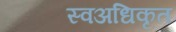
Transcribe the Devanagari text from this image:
स्वअधिकृत